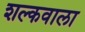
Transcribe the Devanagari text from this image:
शल्कवाला